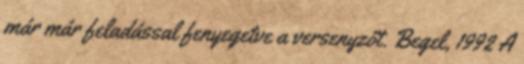
már már feladással fenyegetve a versenyzőt. Begel, 1992 A